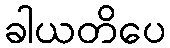
ခါယတိပေ